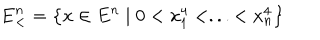
\mathbf { E } _ { < } ^ { n } = \left\{ x \in E ^ { n } \mid 0 < x _ { 1 } ^ { 4 } < . . . < x _ { n } ^ { 4 } \right\}